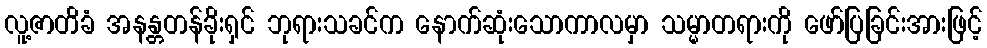
လူ့ဇာတိခံ အနန္တတန်ခိုးရှင် ဘုရားသခင်က နောက်ဆုံးသောကာလမှာ သမ္မာတရားကို ဖော်ပြခြင်းအားဖြင့်